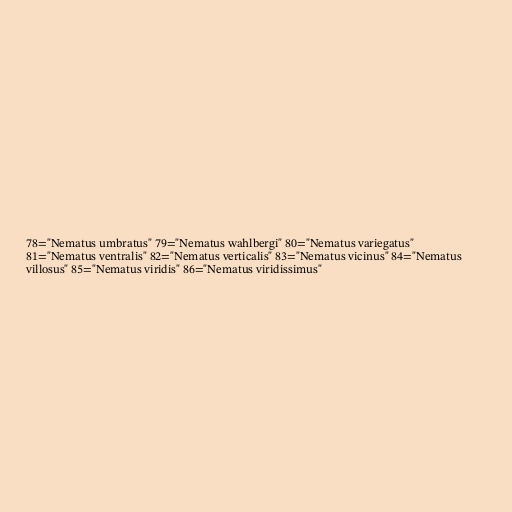
78="Nematus umbratus" 79="Nematus wahlbergi" 80="Nematus variegatus"
81="Nematus ventralis" 82="Nematus verticalis" 83="Nematus vicinus" 84="Nematus
villosus" 85="Nematus viridis" 86="Nematus viridissimus"